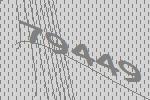
79449